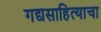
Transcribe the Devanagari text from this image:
गद्यसाहित्याचा